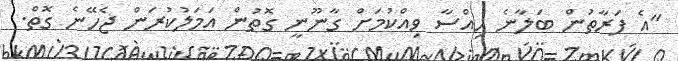
"އެ ފަރާތުން ބަލާނެ ހިއްސާ ވިއްކުމަށް ގާނޫނީ ގޮތުން އަމަލުކުރަން ޖެހޭނެ ގޮތް.